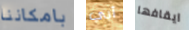
بامكاننا أبي ايقافها